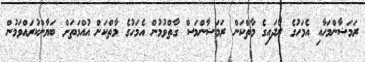
ރަމަޟާންމަހާއި އެމަހުގެ ރޯދައިގެ މާތްކަން ރަމަޟާންމަސް ގާތްވުމުން އެމަހުގެ މާތްކަން އުއްމަތަށް ބަޔާންކުރައްވަމުން